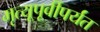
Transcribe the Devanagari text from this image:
मृत्यूपूर्वीपर्यंत